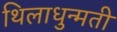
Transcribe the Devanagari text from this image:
थिलाधुन्मती